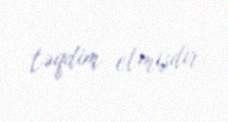
təqdim etmişdir.